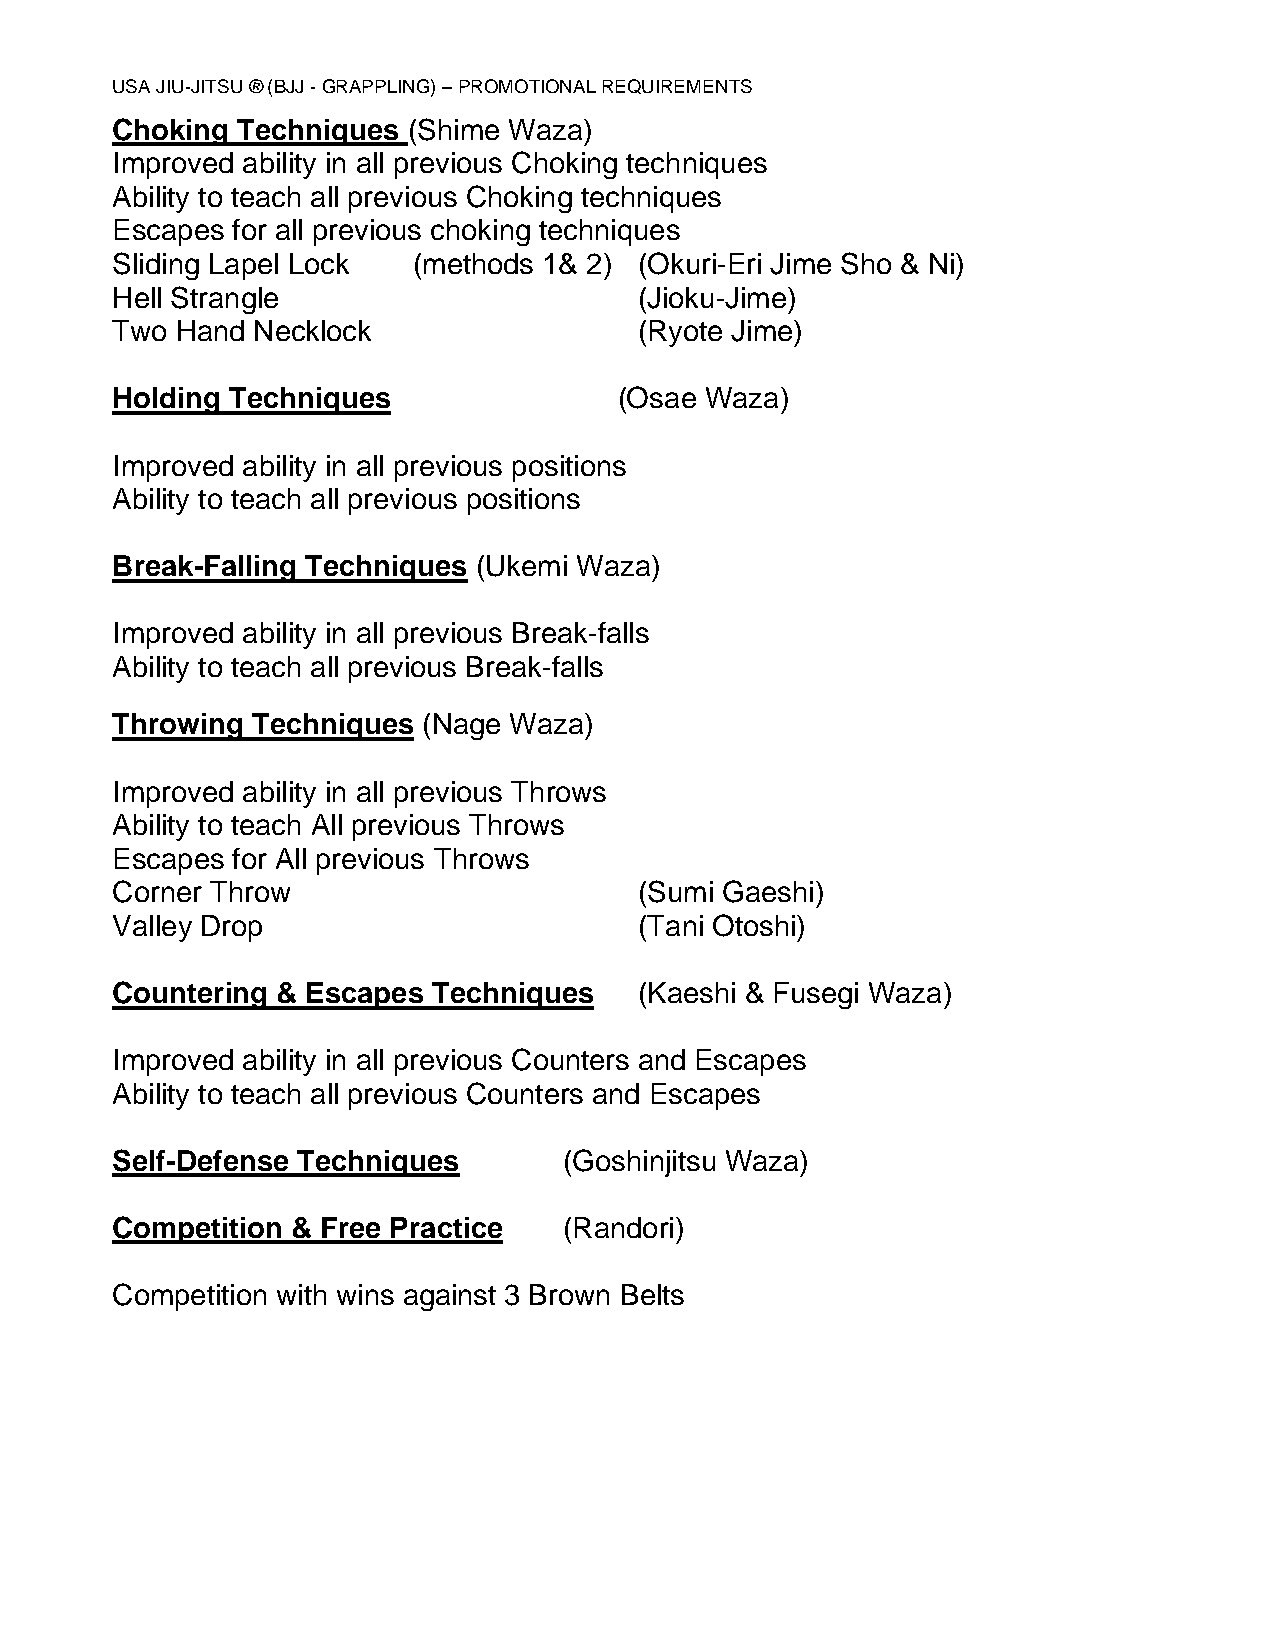
USA JIU-JITSU ® (BJJ - GRAPPLING) – PROMOTIONAL REQUIREMENTS
 Choking  Techniques (Shime Waza)
 Improved ability in all previous Choking techniques
 Ability to teach all previous Choking techniques
 Escapes for all previous choking techniques
 Sliding Lapel Lock  (methods 1& 2) (Okuri-Eri Jime Sho & Ni)
 Hell Strangle                      (Jioku-Jime)
 Two  Hand Necklock                 (Ryote Jime)
 Holding Techniques                (Osae Waza)
 Improved ability in all previous positions
 Ability to teach all previous positions
 Break-Falling Techniques (Ukemi Waza)
 Improved ability in all previous Break-falls
 Ability to teach all previous Break-falls
 Throwing  Techniques (Nage Waza)
 Improved ability in all previous Throws
 Ability to teach All previous Throws
 Escapes for All previous Throws
 Corner Throw                       (Sumi Gaeshi)
 Valley Drop                        (Tani Otoshi)
 Countering & Escapes  Techniques   (Kaeshi & Fusegi Waza)
 Improved ability in all previous Counters and Escapes
 Ability to teach all previous Counters and Escapes
 Self-Defense Techniques       (Goshinjitsu Waza)
 Competition & Free Practice   (Randori)
 Competition with wins against 3 Brown Belts